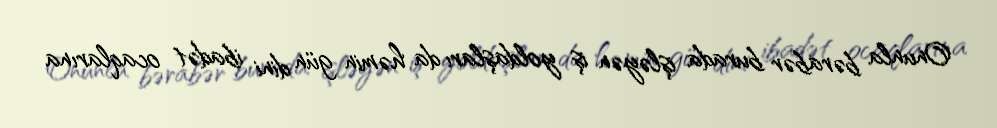
Onunla bərabər burada işləyən iş yoldaşları da həmin gün dini ibadət ocaqlarına